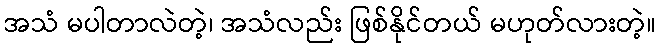
အသံ မပါတာလဲတဲ့၊ အသံလည်း ဖြစ်နိုင်တယ် မဟုတ်လားတဲ့။